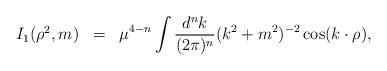
LaTeX: \begin{align*}\begin{array}{rcl}I_1(\rho^2,m)&=&\displaystyle \mu^{4-n}\int\frac{d^nk}{(2\pi)^n}(k^2+m^2)^{-2}\cos(k\cdot \rho),\end{array}\end{align*}